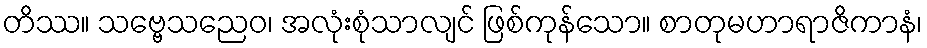
တိဿ။ သဗ္ဗေသညေဝ၊ အလုံးစုံသာလျင် ဖြစ်ကုန်သော။ စာတုမဟာရာဇိကာနံ၊